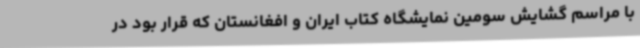
با مراسم گشایش سومین نمایشگاه کتاب ایران و افغانستان که قرار بود در